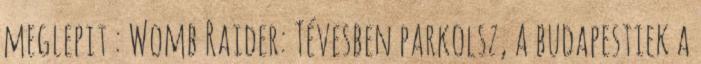
meglepit : Womb Raider: Tévesben parkolsz, a budapestiek a